Indian Civil Veterinary Department memoirs
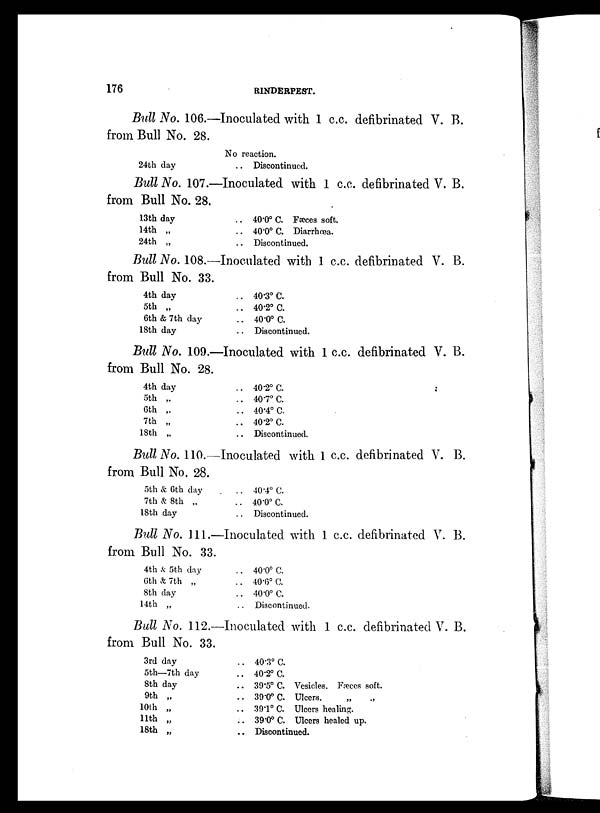
176
RINDERPEST.
Bull No. 106.—Inoculated with 1 c.c. defibrinated V. B.
from Bull No. 28.
24th day
No reaction.
.. Discontinued.
Bull No. 107.—Inoculated with 1 c.c. defibrinated V. B.
from Bull No. 28.
13th day
14th „
24th „
.. 40.0º C. Fæces soft.
.. 40.0º C. Diarrhœa.
.. Discontinued.
Bull No. 108.—Inoculated with 1 c.c. defibrinated V. B.
from Bull No. 33.
4th day
5th „
6th & 7th day
18th day
.. 40.3º C.
.. 40.2º C.
.. 40.0º C.
.. Discontinued.
Bull No. 109.—Inoculated with 1 c.c. defibrinated V. B.
from Bull No. 28.
4th day
5th „
6th „
7th „
18th „
.. 40.2º C.
.. 40.7º C.
.. 40.4º C
.. 40.2º C.
.. Discontinued.
Bull No. 110.—Inoculated with 1 c.c. defibrinated V. B.
from Bull No. 28.
5th & 6th day
7th & 8th „
18th day
.. 40.4º C.
.. 40.0º C.
.. Discontinued.
Bull No. 111.—Inoculated with 1 c.c. defibrinated V. B.
from Bull No. 33.
4th & 5th day
6th & 7th „
8th day
14th „
.. 40.0º C.
.. 40.6º C.
.. 40.0º C.
.. Discontinued.
Bull No. 112.—Inoculated with 1 c.c. defibrinated V. B.
from Bull No. 33.
3rd day
5th—7th day
8th day
9th „
10th „
11th „
18th „
.. 40.3º C.
.. 40.2º C.
.. 39.5º C. Vesicles. Fæccs soft.
.. 39.0º C. Ulcers. „ „
.. 39.1º C. Ulcers healing.
.. 39.0º C. Ulcers healed up.
.. Discontinued.